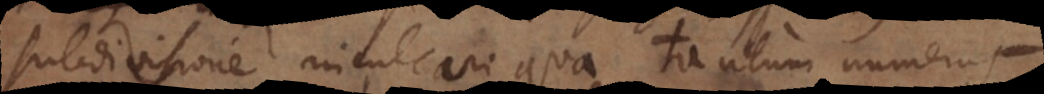
subdivisione inculcari, qua tantum numerus